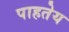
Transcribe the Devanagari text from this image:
पाहतेय